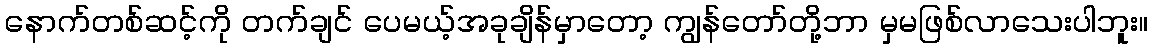
နောက်တစ်ဆင့်ကို တက်ချင် ပေမယ့်အခုချိန်မှာတော့ ကျွန်တော်တို့ဘာ မှမဖြစ်လာသေးပါဘူး။